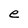
Character: e